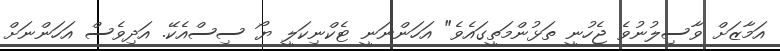
އަމާޒަށް ވާސިލުނުވެ ޖެހުނީ ތަޅުންމަތީގައެވެ" އަހަންނަނީ ޓެކްނިކަލީ ޔޯ ސިސްއެކޭ. އަދިވެސް އަހަންނަށް